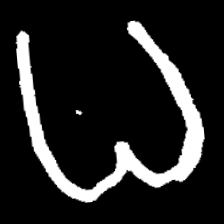
Pyu character \u2014 Myanmar letter: ဓ (romanized: dha)